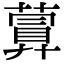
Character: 𦽹